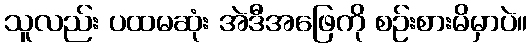
သူလည်း ပထမဆုံး အဲဒီအဖြေကို စဉ်းစားမိမှာပဲ။